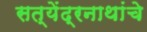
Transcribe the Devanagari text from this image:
सत्येंद्रनाथांचे